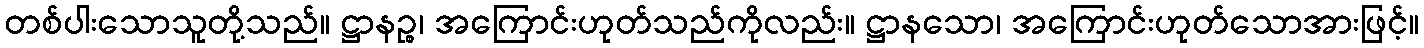
တစ်ပါးသောသူတို့သည်။ ဋ္ဌာနဉ္စ၊ အကြောင်းဟုတ်သည်ကိုလည်း။ ဋ္ဌာနသော၊ အကြောင်းဟုတ်သောအားဖြင့်။